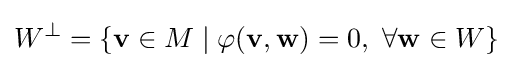
W^{\perp }=\{\mathbf {v} \in M\mid \varphi (\mathbf {v} ,\mathbf {w} )=0,\ \forall \mathbf {w} \in W\}